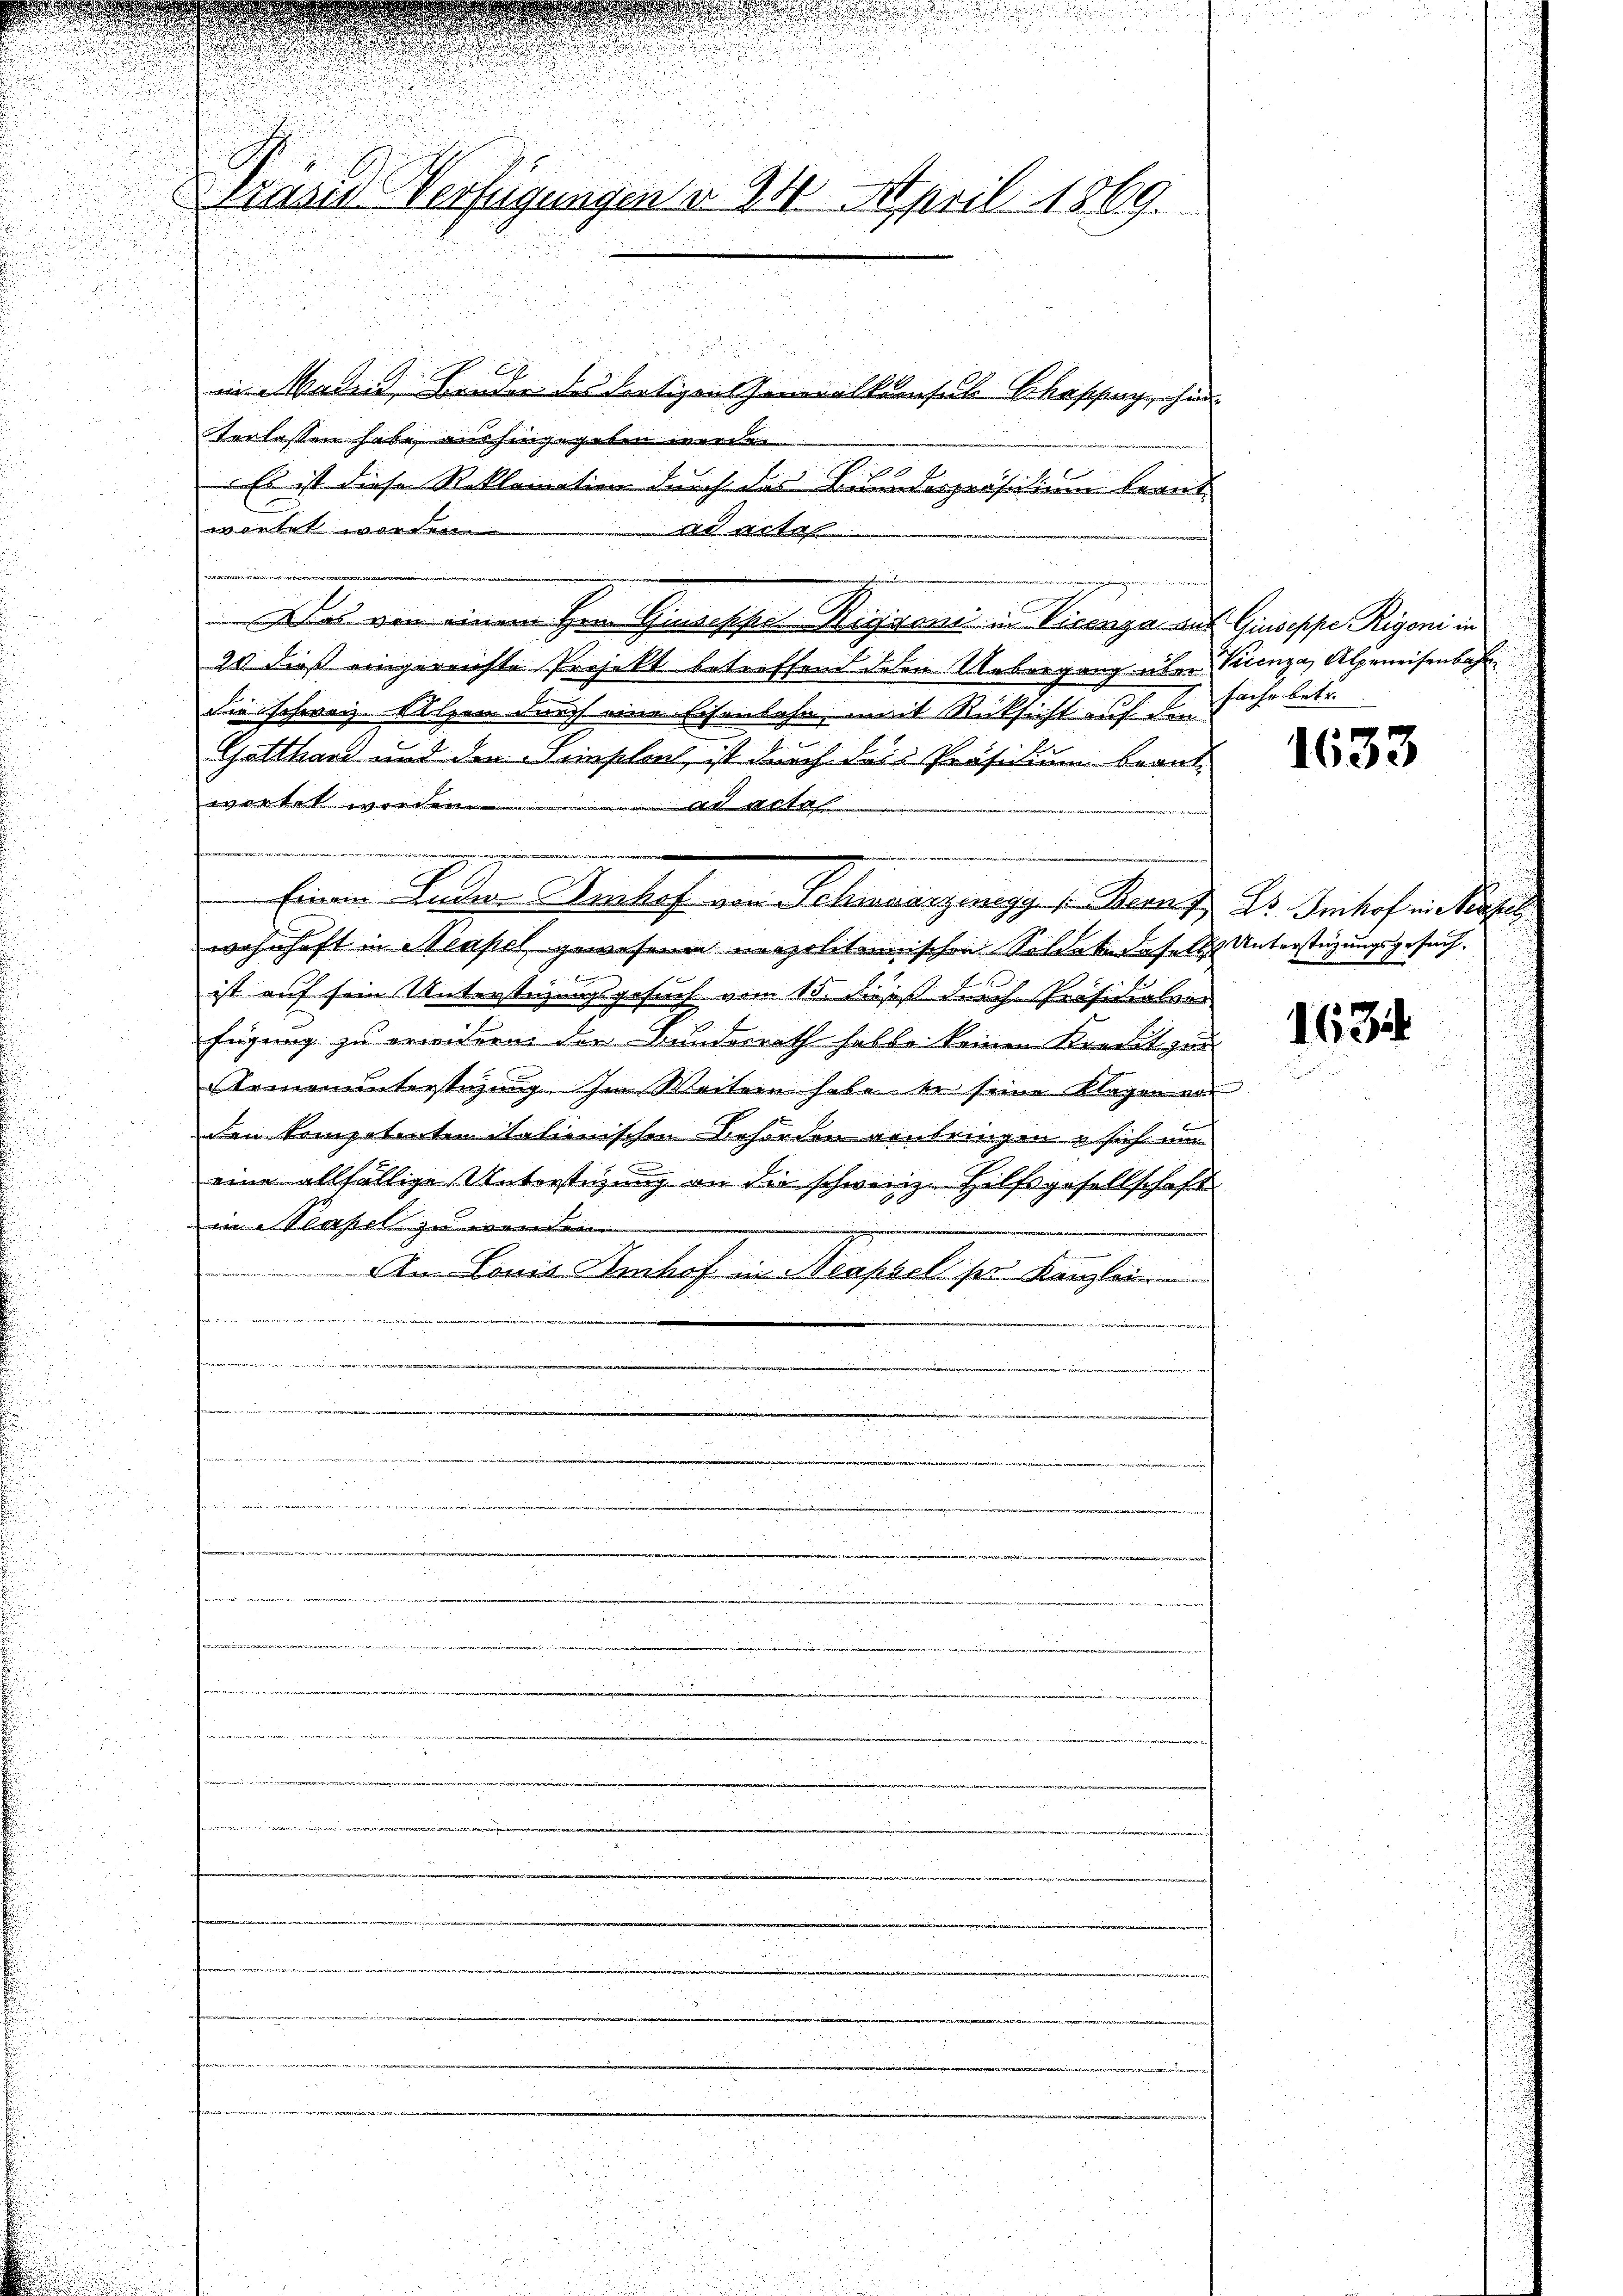
u
u

Druels Verfügungen d. 24. April 1869.

in Maden, Bruder des Fertigen Generalkonsuls Chassung, hin
terlassen habe, aus hingegeben werden.
A
Es ist diese Reklamation durch das Bundespräsidium beantwortet worden
ud arte
sleinen
Das von einem Hrn. Genosses Wiggeni in Vicenza aus Giuseppe Rigoni in
21 dieß eingereichte Projekt betreffend deren Uebergang über Vicenza, Alpeneisenbahr
die schweiz. Sulzen durch eine Eisenbahn, mit Rücksicht auf den
Gatthard und den Hinschent, ist durch dass Präsidium beantwartet worden.
adastel
wohnhaft in Neapel gewesenen neapolitannischen Soldate daselst Unterstüzungsgesuch.
ist auf sein Unterstüzungsgesuch vom 15. Fuß des h. Präsidialvor
fügung zu erwidern der Bunderrath habte keinen Komit zur
Armenunterstüzung. Im Weitern habe er seine Klagen vor
den kompetenten italienischen Behörden genbringen u sich um
eine allfällige Unterstigung an die schweiz. Hilfsgesellschaft
in Neapel zu wenden
2
Am Lania Kerkehr an Klassel per Kanzlein
i
.
t

t
d
e

.

Einem Ludere Aushof von Schwarzenegg s. Band. Dr. Freihof ein Käufer

eister, wie der einer den werden werden

fache betr.

.

1633

1634